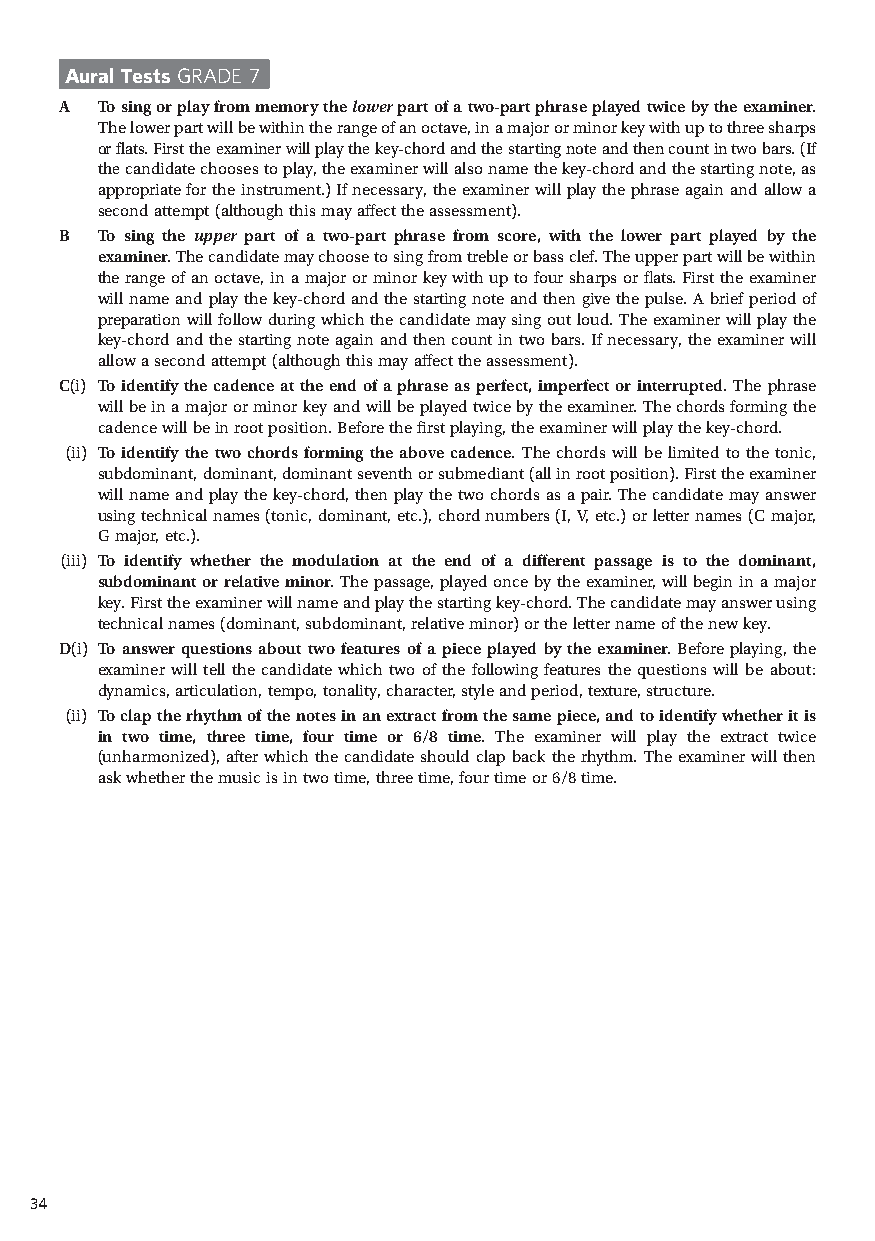
Aural Tests GRADE 7
 A  To sing or play from memory the lower part of a two-part phrase played twice by the examiner.
 T he lower part will be within the range of an octave, in a major or minor key with up to three sharps
 or flats. First the examiner will play the key-chord and the starting note and then count in two bars. (If
 the candidate chooses to play, the examiner will also name the key-chord and the starting note, as
 appropriate for the instrument.) If necessary, the examiner will play the phrase again and allow a
 second attempt (although this may affect the assessment).
 B  To sing the upper part of a two-part phrase from score, with the lower part played by the
 examiner. T he candidate may choose to sing from treble or bass clef. T he upper part will be within
 the range of an octave, in a major or minor key with up to four sharps or flats. First the examiner
 will name and play the key-chord and the starting note and then give the pulse. A brief period of
 preparation will follow during which the candidate may sing out loud. T he examiner will play the
 key-chord and the starting note again and then count in two bars. If necessary, the examiner will
 allow a second attempt (although this may affect the assessment).
 C(i) To identify the cadence at the end of a phrase as perfect, imperfect or interrupted. T he phrase
 will be in a major or minor key and will be played twice by the examiner. T he chords forming the
 cadence will be in root position. Before the first playing, the examiner will play the key-chord.
 (ii) To identify the two chords forming the above cadence. T he chords will be limited to the tonic,
 subdominant, dominant, dominant seventh or submediant (all in root position). First the examiner
 will name and play the key-chord, then play the two chords as a pair. T he candidate may answer
 using technical names (tonic, dominant, etc.), chord numbers (I, V, etc.) or letter names (C major,
 G major, etc.).
 (iii) To identify whether the modulation at the end of a different passage is to the dominant,
 subdominant or relative minor. T he passage, played once by the examiner, will begin in a major
 key. First the examiner will name and play the starting key-chord. T he candidate may answer using
 technical names (dominant, subdominant, relative minor) or the letter name of the new key.
 D (i) To answer questions about two features of a piece played by the examiner. Before playing, the
 examiner will tell the candidate which two of the following features the questions will be about:
 dynamics, articulation, tempo, tonality, character, style and period, texture, structure.
 (ii) To clap the rhythm of the notes in an extract from the same piece, and to identify whether it is
 in two time, three time, four time or 6/8 time. T he examiner will play the extract twice
 (unharmonized), after which the candidate should clap back the rhythm. T he examiner will then
 ask whether the music is in two time, three time, four time or 6/8 time.
 34